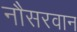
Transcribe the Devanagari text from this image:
नौसरवान